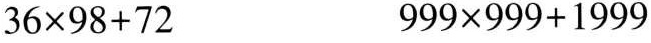
$$3 6 \times 9 8 + 7 2$$ $$9 9 9 \times 9 9 9 + 1 9 9 9$$